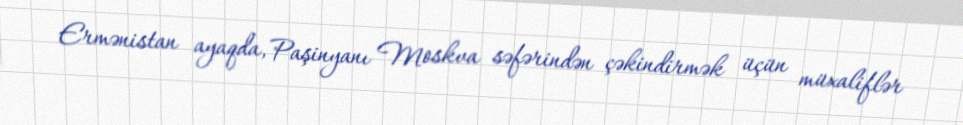
Ermənistan ayaqda, Paşinyanı Moskva səfərindən çəkindirmək üçün müxaliflər